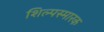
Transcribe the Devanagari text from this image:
शिल्पस्मारक